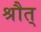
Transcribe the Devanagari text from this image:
श्रौत्